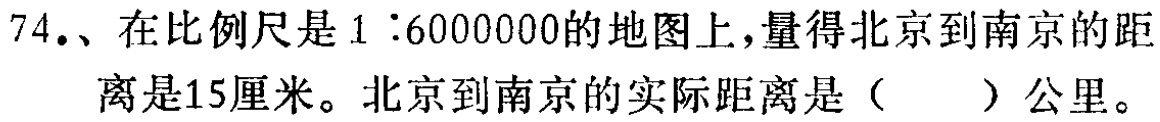
74.、在比例尺是$1:6000000$的地图上，量得北京到南京的距离是15厘米。北京到南京的实际距离是（  ）公里。